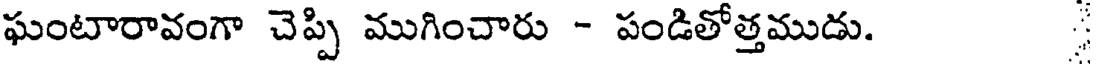
ఘంటారావంగా చెప్పి ముగించారు - పండితోత్తముడు.